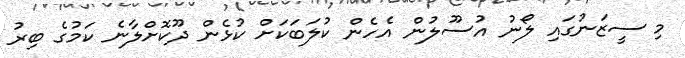
މި ސީޒަނުގައި ލޯނު އުސޫލުން އެހެން ކުލަބަކަށް ކުޅެން ދޫކޮށްލާނެ ކަމުގެ ބިރު